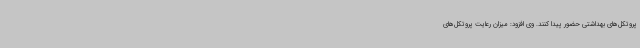
پروتکل‌های بهداشتی حضور پیدا کنند. وی افزود: میزان رعایت پروتکل‌های